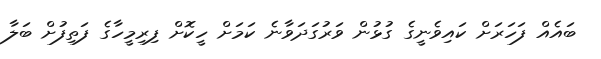
ބައެއް ފަހަރަށް ކައިވެނީގެ ގުޅުން ވަރުގަދަވާނެ ކަމަށް ހީކޮށް ފިރިމީހާގެ ފަތިފުށް ބަލާ